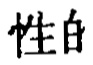
性白